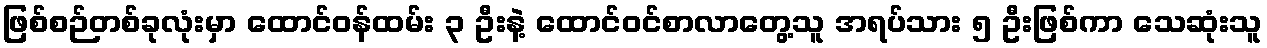
ဖြစ်စဉ်တစ်ခုလုံးမှာ ထောင်ဝန်ထမ်း ၃ ဦးနဲ့ ထောင်ဝင်စာလာတွေ့သူ အရပ်သား ၅ ဦးဖြစ်ကာ သေဆုံးသူ